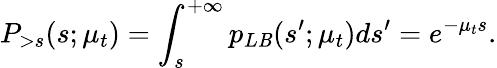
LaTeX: P_{>s}(s;\mu_{t})=\int_{s}^{+\infty}p_{L\mathit{B}}(s^{\prime};\mu_{t})ds^{\prime}=e^{-\mu_{t}s}.